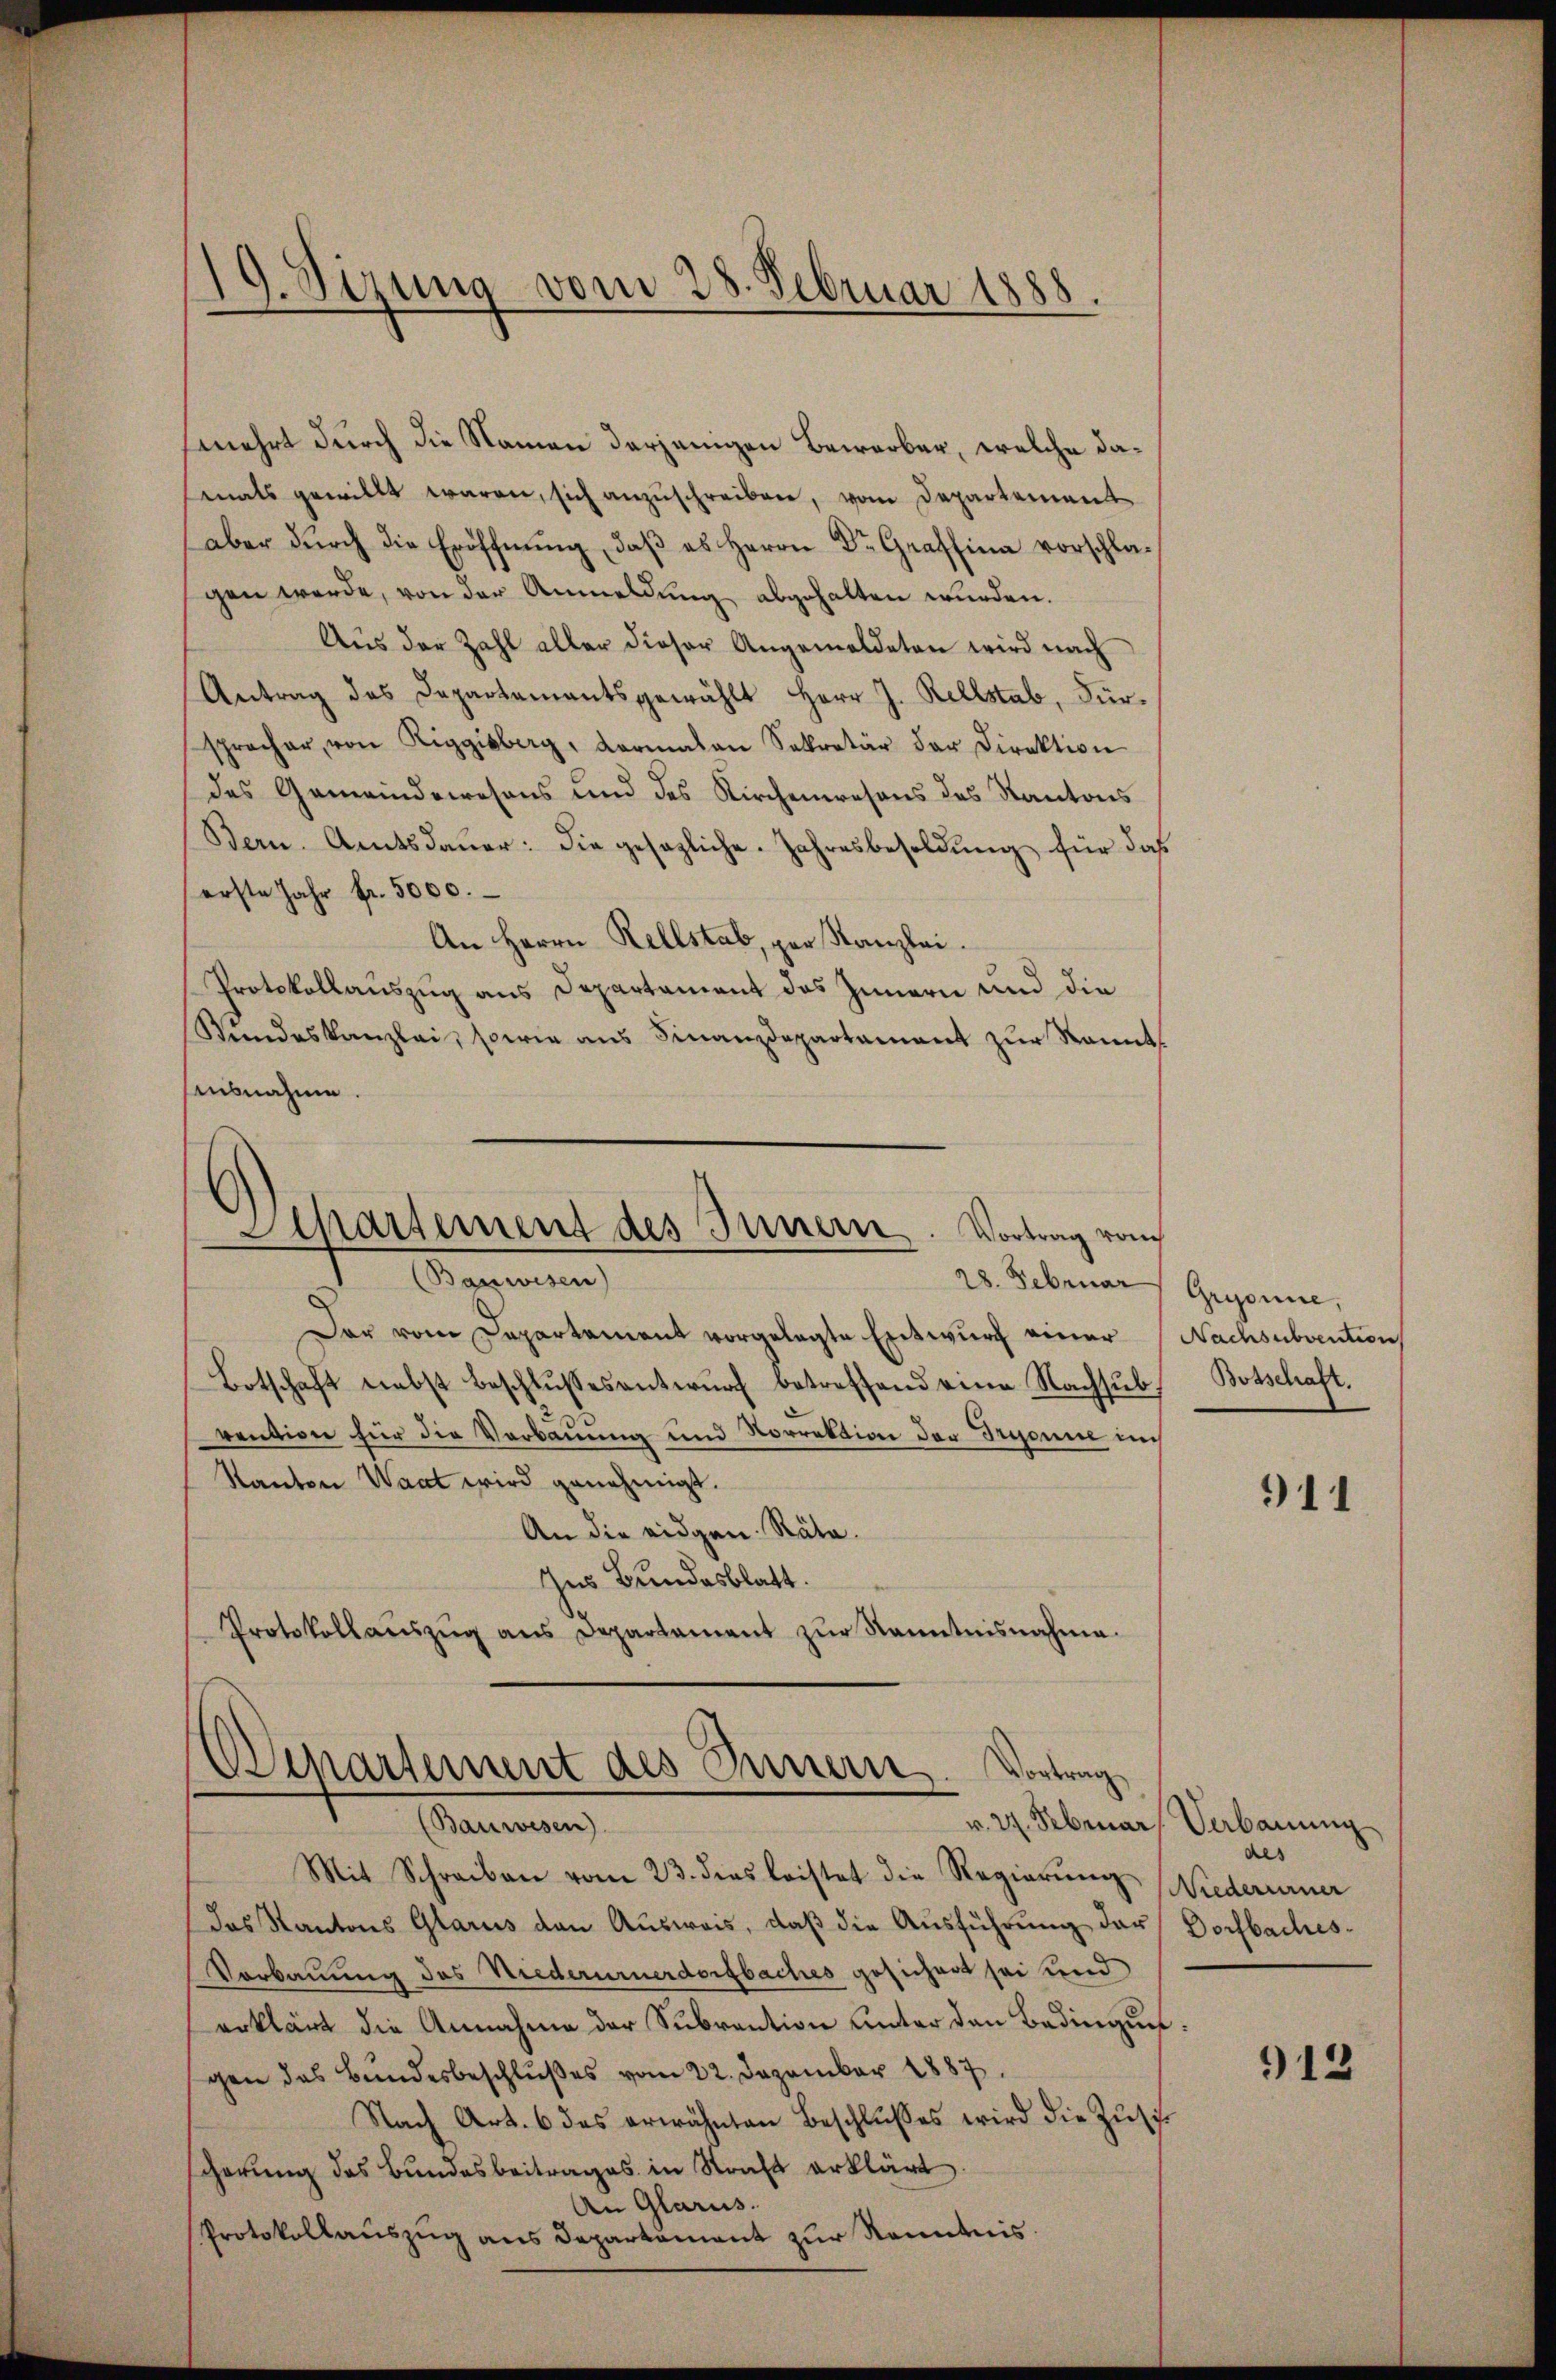
19. Sizung vom 28. Februar 1888.

mehrt durch die Namen derjenigen Bewerber, welche damals gewillt waren, sich anzuschreiben, vom Departement
aber durch die Eröffnung, daß es Herrn Dr. Graffina vorschlagen werde, von der Anmeldung abgehalten wurden.
Aus der Zahl aller dieser Angemeldeten wird nach
Antrag des Departamentsgewählt Herr J. Rellstab, Fürspracher, von Riggisberg, Kormalen Sekretär der Direktion
des Gemeindewesens und des Kirchenwesens des Kantons
Bern. Amtsdauer: die gesezliche. Jahresbesoldung für das
erste Jahr fr. 5000.
An Herrn Rellstab, par Kanzlei.
Protokollauszug aus Departament des Innern und die
Stŭndeskanzlei, sowie ans Finanzdepartament zŭr kannt
sausnahme.
)
Separtement des Innern. Vortrag vom
(Bauwesen)
28. Februar / Gryonie,
Der vom Departement vorgelegte Entwurf einer
Botschaft nebst beschlŭsses antwŭrf betreffend eine Nachsŭb Botschaft.
vention für die Verbauung und Norrektion der Trenne in
Kanton Waat wird genehmigt.
An die eidgen. Räte.
Ins Bundesblatt.
Protokoll aŭszŭg ans Departament zŭr Kenntnisnahme.

Departement des Innern. Vortrag
Aemten

Mit Schreiben vom 23. dies leistet die Regierŭng Wiederurner
das Kantons Glarus den Aŭsweis, daβ die Aŭsführŭng der Dorfbaches-
Vorbauung des Niederurnerdorfbaches gesichert sei und
erklärt die Annahme der Subvention unter den Bedingun
gen das Bundesbeschlußes vom 22. Dezember 1887.
Nach Art. 6 des erwähnten Beschlŭβes wird die Zŭsi
scherung des Bundesbeitrages in Straft erklärt.
An Glarus.
Protokollauszug aus Departiment zur Kenntnis.

Nachsubvention

911

v. 27. Februar Verbauung
des

912